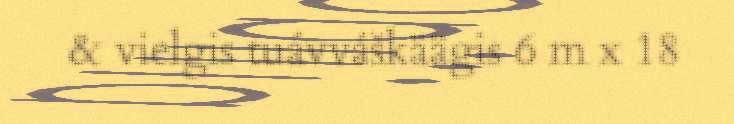
& vielgis tuávváškäägis 6 m x 18